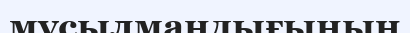
мұсылмандығының